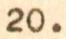
20.